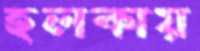
হলকায়